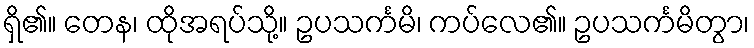
ရှိ၏။ တေန၊ ထိုအရပ်သို့။ ဥပသင်္ကမိ၊ ကပ်လေ၏။ ဥပသင်္ကမိတွာ၊